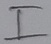
Text: I